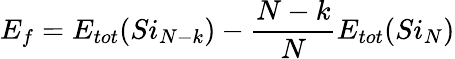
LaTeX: E_{f}=E_{tot}(Si_{N-k})-\frac{N-k}{N}E_{tot}(Si_{N})